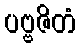
ပဗ္ဗဇိတံ